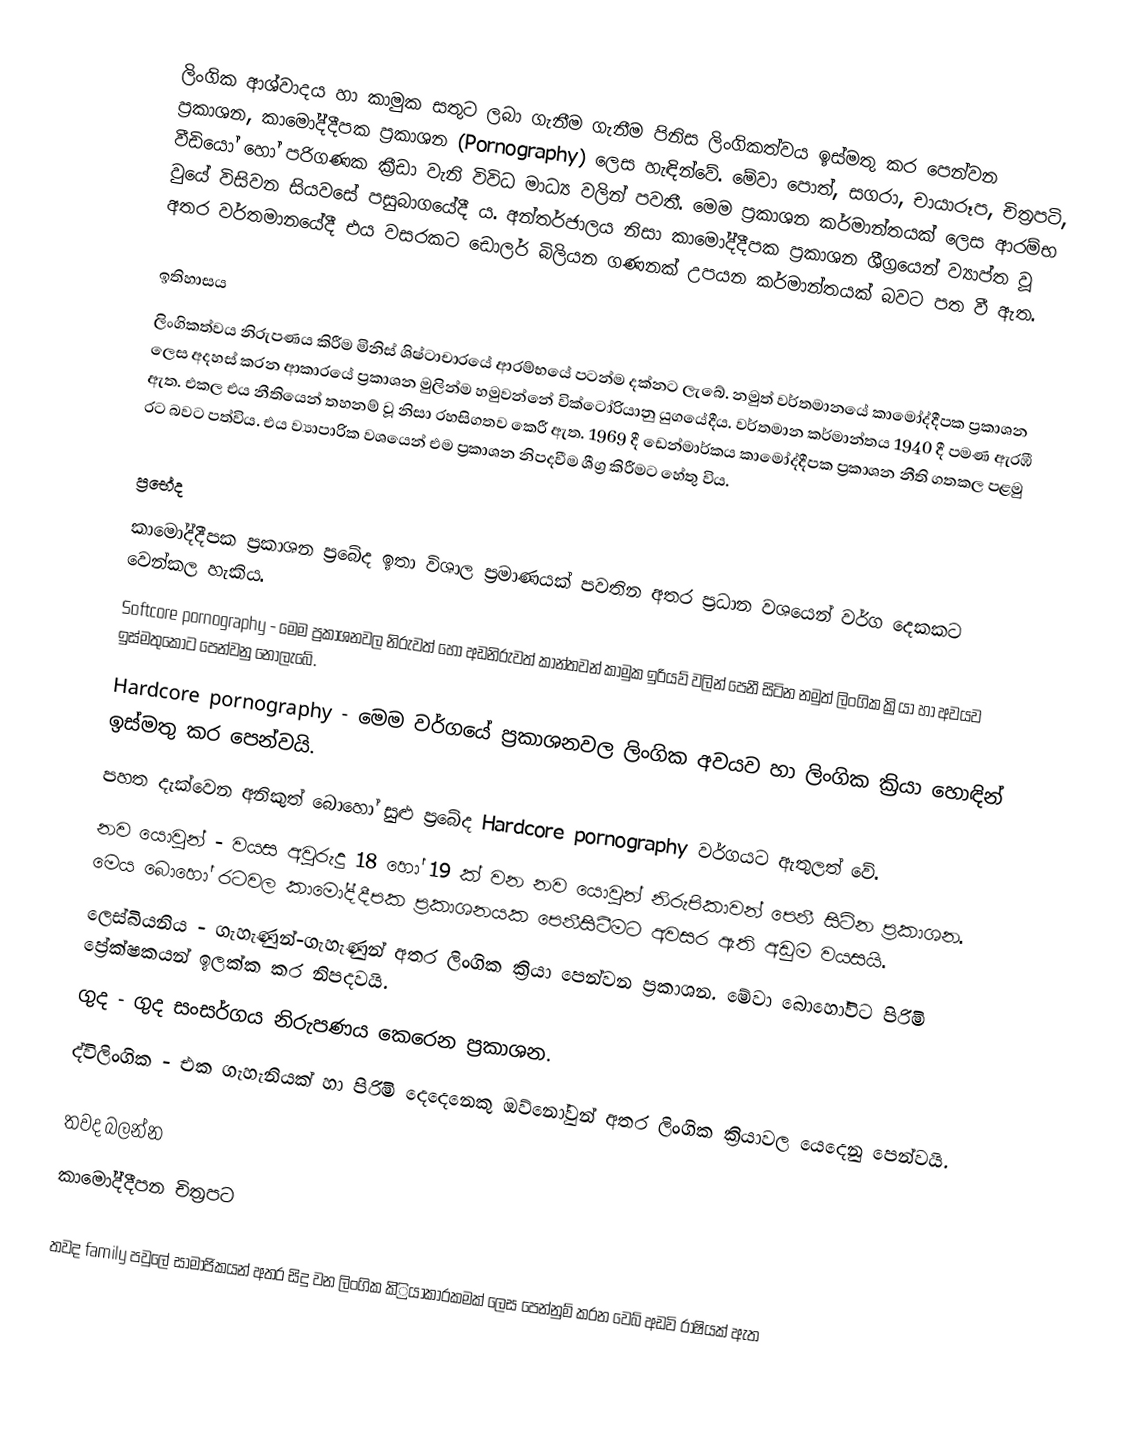
ලිංගික  ආශ්වාදය හා කාමුක සතුට  ලබා ගැනීම ගැනීම පිනිස ලිංගිකත්වය ඉස්මතු කර පෙන්වන ප්‍රකාශන, කාමෝද්දීපක ප්‍රකාශන (Pornography) ලෙස හැ‌ඳින්වේ. මේවා පොත්, සගරා, චායාරූප, චිත්‍රපටි, වීඩියෝ හෝ පරිගණක ක්‍රීඩා වැනි විවිධ මාධ්‍ය වලින් පවතී. මෙම ප්‍රකාශන කර්මාන්තයක් ලෙස ආරම්භ වුයේ විසිවන සියවසේ පසුබාගයේදී ය. අන්තර්ජාලය නිසා කාමෝද්දීපක ප්‍රකාශන ශීග්‍රයෙන් ව්‍යාප්ත වූ අතර වර්තමානයේදී එය වසරකට ඩොලර් බිලියන ගණනක් උපයන කර්මාන්තයක් බවට පත වී ඇත.

ඉතිහාසය
ලිංගිකත්වය නිරුපණය කිරීම මිනිස් ශිෂ්ටාචාරයේ ආරම්භයේ පටන්ම දක්නට ලැබේ. නමුත් වර්තමානයේ කාමෝද්දීපක ප්‍රකාශන ලෙස අදහස් කරන ආකාරයේ ප්‍රකාශන මුලින්ම හමුවන්නේ වික්ටෝරියානු යුගයේදීය. වර්තමාන කර්මාන්තය 1940 දී පමණ ඇරඹී ඇත. එකල එය නීතියෙන් තහනම් වූ නිසා රහසිගතව කෙරී ඇත. 1969 දී ඩෙන්මාර්කය කාමෝද්දීපක ප්‍රකාශන නීති ගතකල පළමු රට බවට පත්විය. එය ව්‍යාපාරික වශයෙන් එම ප්‍රකාශන නිපදවීම ශීග්‍ර කිරීමට හේතු විය.

ප්‍රභේද
කාමෝද්දීපක ප්‍රකාශන ප්‍රබේද ඉතා විශාල ප්‍රමාණයක් පවතින අතර ප්‍රධාන වශයෙන් වර්ග දෙකකට වෙන්කල හැකිය.
Softcore pornography - මෙම ප්‍රකාශනවල නිරුවත් හෝ අඩනිරුවත් කාන්තවන් කාමුක ඉරියව් වලින් පෙනී සිටින නමුත් ලිංගික ක්‍රියා හා අවයව ඉස්මතුකොට පෙන්වනු නොලැබේ.
Hardcore pornography - මෙම වර්ගයේ ප්‍රකාශනවල ලිංගික අවයව හා ලිංගික ක්‍රියා හොඳින් ඉස්මතු කර පෙන්වයි.
පහත දැක්වෙන අනිකුත් බොහෝ සුළු ප්‍රබේද Hardcore pornography වර්ගයට ඇතුලත් වේ.
නව යොවුන් - වයස අවුරුදු 18 හෝ 19 ක් වන නව යොවුන් නිරුපිකාවන් පෙනී සිටින ප්‍රකාශන. මෙය බොහෝ රටවල කාමෝද්දීපක ප්‍රකාශනයක පෙනීසිටීමට අවසර ඇති අඩුම වයසයි.
ලෙස්බියනිය - ගැහැණුන්-ගැහැණුන් අතර ලිංගික ක්‍රියා පෙන්වන ප්‍රකාශන. මේවා බොහෝවිට පිරිමි ප්‍රේක්ෂකයන් ඉලක්ක කර නිපදවයි.
ගුද - ගුද සංසර්ගය නිරුපණය කෙරෙන ප්‍රකාශන.
ද්විලිංගික - එක ගැහැනියක් හා පිරිමි දෙදෙනෙකු ඔව්නෝවුන් අතර  ලිංගික ක්‍රියාවල යෙදෙනු පෙන්වයි.

තවද බලන්න​
කාමෝද්දීපන චිත්‍රපට

තවද family පවුලේ සාමාජිකයන් අතර සිදු වන ලිංගික කි්්‍රියාකාරකමක් ලෙස පෙන්නුම් කරන වෙබ් අඩවි රාෂියක් ඇත